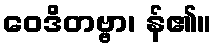
ဝေဒိတဗ္ဗာ၊ န်၏။